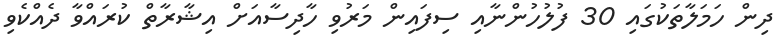
ދިން ހަމަލާތަކުގައި 30 ފުލުހުންނާއި ސިފައިން މަރުވި ހާދިސާއަށް އިޝާރާތް ކުރައްވާ ދެއްކެވި